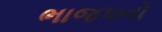
ભાજપનો